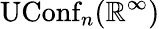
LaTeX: \operatorname{UConf}_{n}(\mathbb{R}^{\infty})